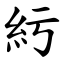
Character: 䊸